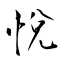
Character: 悅